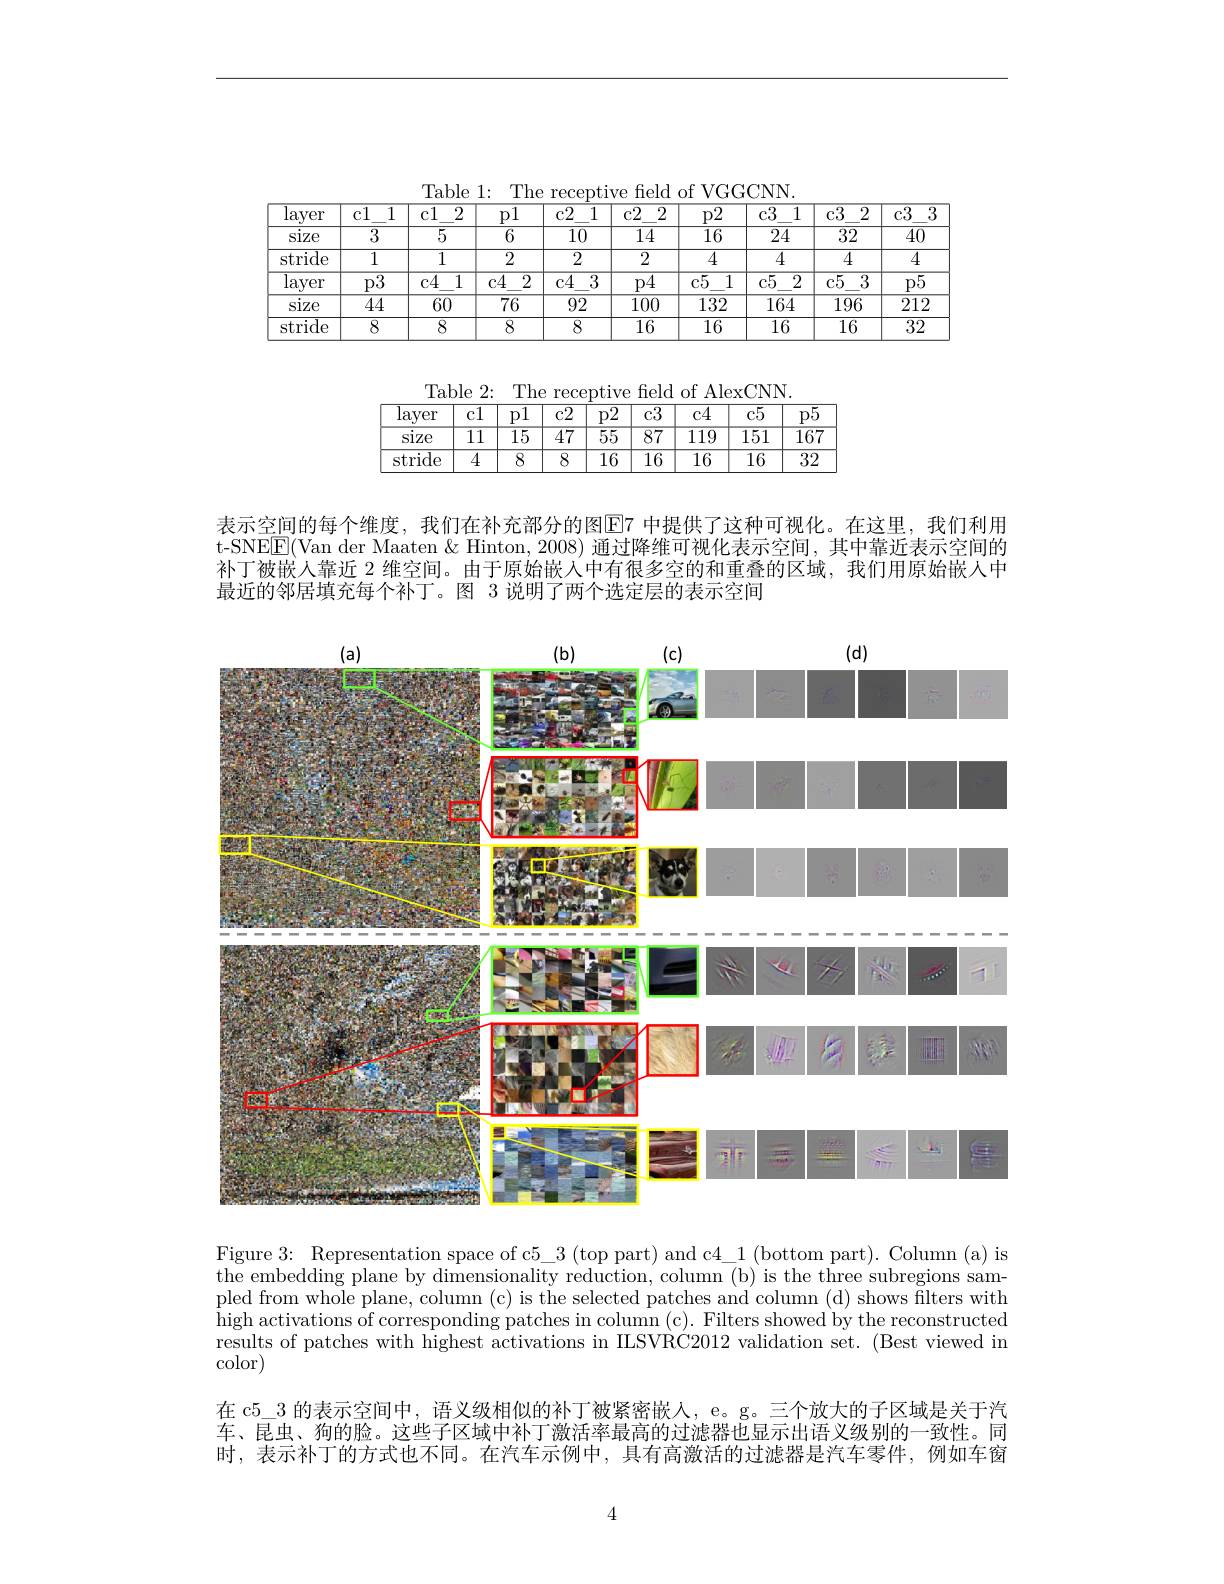
Table 1: The receptive feld of VGGCNN
<table>
	<tbody>
		<tr>
			<th>$\overline{\mathrm{layer}}$</th>
			<th>1 $c1$</th>
			<th>$\overline{c1}$ 2</th>
			<th>p1</th>
			<th>c2 1</th>
			<th>$c2$ 2</th>
			<th>p2</th>
			<th>$c3$ 1</th>
			<th>$c3$ $\overline{2}$</th>
			<th>$\overline{\mathrm{c}3}$</th>
		</tr>
		<tr>
			<td>Slze</td>
			<td>3</td>
			<td>$\overline{5}$</td>
			<td>6</td>
			<td>$\overline{10}$</td>
			<td>$\overline{14}$</td>
			<td>$\overline{16}$</td>
			<td>$\overline{24}$</td>
			<td>$\overline{32}$</td>
			<td>$\overline{40}$</td>
		</tr>
		<tr>
			<td>stride</td>
			<td>1</td>
			<td>1</td>
			<td>2</td>
			<td>$\overline{2}$</td>
			<td>$\overline{2}$</td>
			<td>4</td>
			<td>$\overline{4}$</td>
			<td>4</td>
			<td>$\overline{4}$</td>
		</tr>
		<tr>
			<td>$\overline{\mathrm{layer}}$</td>
			<td>p3</td>
			<td>$c4$ 1</td>
			<td>$c4$ 2</td>
			<td>$c4$ 3</td>
			<td>p4</td>
			<td>$\overline{{\mathrm{c}5}}$ 1</td>
			<td>$\overline{{\mathrm{c}5}}$ 2</td>
			<td>$\overline{{\mathrm{c}5}}$ 3</td>
			<td>$\overline{\mathrm{p}5}$</td>
		</tr>
		<tr>
			<td>Slze</td>
			<td>$\overline{44}$</td>
			<td>$\overline{60}$</td>
			<td>$\overline{76}$</td>
			<td>$\overline{92}$</td>
			<td>$\overline{100}$</td>
			<td>$\overline{132}$</td>
			<td>$\overline{164}$</td>
			<td>$\overline{196}$</td>
			<td>$\overline{212}$</td>
		</tr>
		<tr>
			<td>stride</td>
			<td>8</td>
			<td>8</td>
			<td>8</td>
			<td>8</td>
			<td>$\overline{16}$</td>
			<td>16</td>
			<td>16</td>
			<td>$\overline{16}$</td>
			<td>$\overline{32}$</td>
		</tr>
	</tbody>
</table>

<table>
	<tbody>
		<tr>
			<th>$\overline{\mathrm{layer}}$</th>
			<th>$\overline{c1}$</th>
			<th>DI</th>
			<th>$\overline{c2}$</th>
			<th>$\overline{\mathrm{p2}}$</th>
			<th>$\overline{\text{c}3}$</th>
			<th>$\overline{\text{c}4}$</th>
			<th>$\overline{{\mathrm{c}5}}$</th>
			<th>$\overline{\mathrm{p}5}$</th>
		</tr>
		<tr>
			<td>size</td>
			<td>$\overline{11}$</td>
			<td>$\overline{15}$</td>
			<td>$\overline{47}$</td>
			<td>$\overline{55}$</td>
			<td>$\overline{87}$</td>
			<td>$\overline{119}$</td>
			<td>$\overline{151}$</td>
			<td>$\overline{167}$</td>
		</tr>
		<tr>
			<td>stride</td>
			<td>$\overline{4}$</td>
			<td>$\overline{8}$</td>
			<td>$\overline{8}$</td>
			<td>$\overline{16}$</td>
			<td>$\overline{16}$</td>
			<td>$\overline{16}$</td>
			<td>$\overline{16}$</td>
			<td>$\overline{32}$</td>
		</tr>
	</tbody>
</table>

表示空间的每个维度，我们在补充部分的图$\operatorname{E7}$ 中提供了这种可视化。在这里，我们利用t-SNE$\boxed{\mathrm{F}}($Van der Maaten & Hinton, 2008) 通过降维可视化表示空间，其中靠近表示空间的补丁被嵌人靠近 2 维空间。由于原始嵌人中有很多空的和重叠的区域，我们用原始嵌人中最近的邻居填充每个补丁。图 3 说明了两个选定层的表示空间

<FigureHere>

Figure 3: Representation space of c$5\_ 3$ $( top part) and c4\_ 1 ( bottom part) . Column ( a) is$ the embedding plane by dimensionality reduction, column (b) is the three subregions sampled from whole plane, column (c) is the selected patches and column (d) shows $\bar{\text{filters with}}$ $\dot{\text{high activations of corresponding patches in column (c). Filters showed by the reconstructed}}$ results of patches with highest activations in ILSVRC2012 validation set. (Best viewed in ${\mathrm{color}}$

在 c5\_3 的表示空间中，语义级相似的补丁被紧密嵌人，e。g。三个放大的子区域是关于汽车、昆虫、狗的脸。这些子区域中补丁激活率最高的过滤器也显示出语义级别的一致性。同时，表示补丁的方式也不同。在汽车示例中，具有高激活的过滤器是汽车零件，例如车窗

4